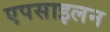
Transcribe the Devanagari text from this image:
एपसाइलन